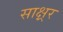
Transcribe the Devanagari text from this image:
साक्ष्रर